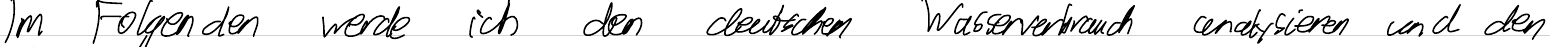
Im Folgenden werde ich den deutschen Wasserverbrauch analysieren und den